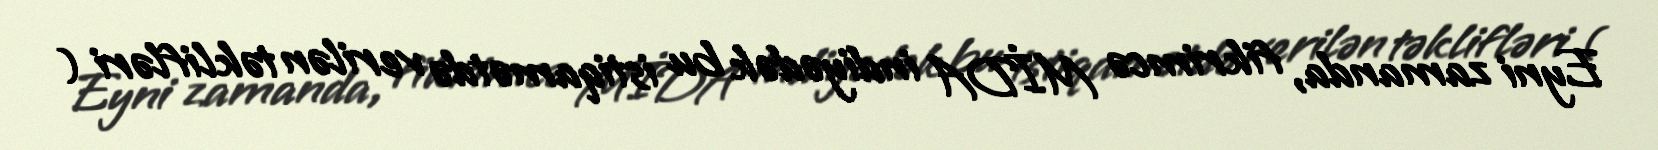
Eyni zamanda, fikrimcə MİDA indiyədək bu istiqamətdə verilən təklifləri (